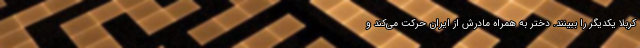
کربلا یکدیگر را ببینند. دختر به همراه مادرش از ایران حرکت می‌کند و